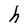
Character: h